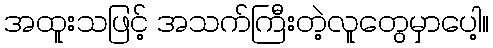
အထူးသဖြင့် အသက်ကြီးတဲ့လူတွေမှာပေါ့။